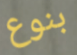
بنوع